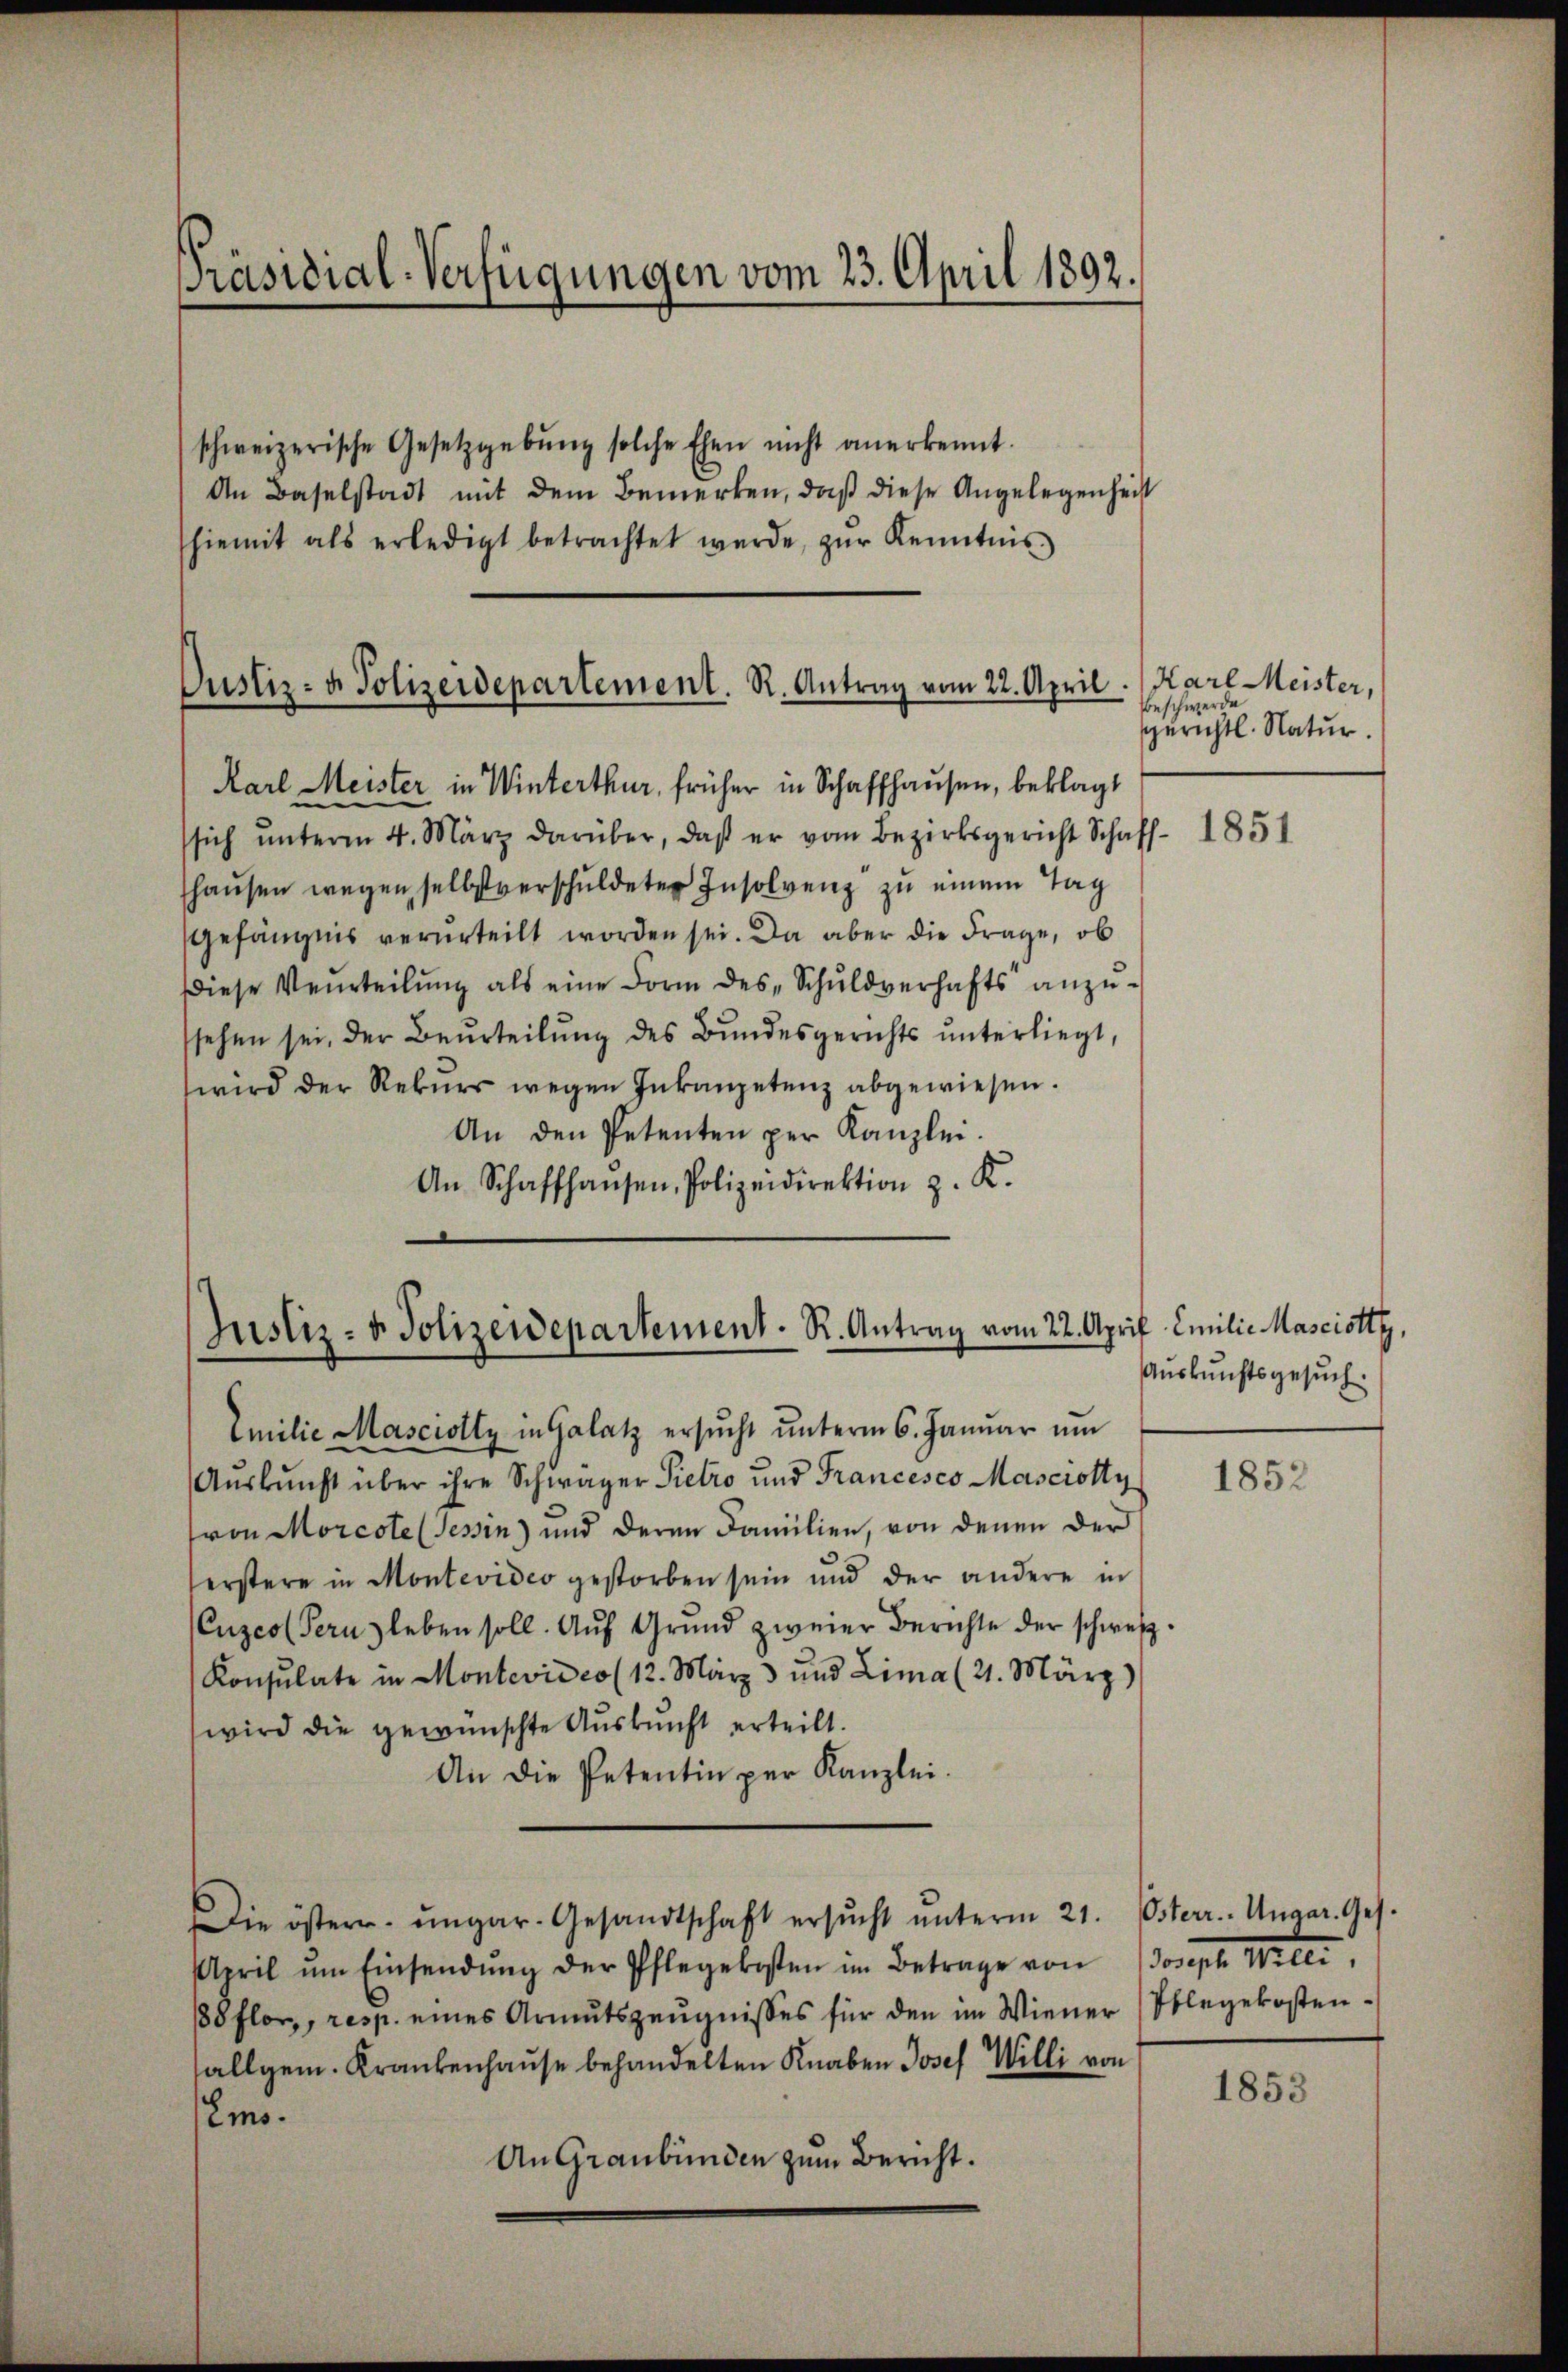
Präsidial-Verfügungen vom 23. April 1892.

schweizerische Gesetzgebŭng solche Ehen nicht anerkennt.
An Baselstadt mit dem Bemerken, daß diese Angelegenheit
hiemit als erledigt betrachtet werde, zŭr Kenntnis

Justiz- & Polizeidepartement. R. Antrag vom 22. April.

Karl Meister in Winterthur, früher in Schaffhausen, beklagt
sich ŭnterm 4. März darüber, daß er vom Bezirksgericht Schaff-
haŭsen wegen selbstverschuldeten Insolvenz zu einem Tag
Gefängnis verurteilt worden sei. Da aber die Frage, ob
Diese Verteilŭng als eine Form des „Schŭldverhafts anzŭ-
ssehen sei, der Beurteilŭng des Bundesgerichts ŭnterliegt,
wird der Rekurs wegen Inkanpetenz abgewiesen.
An den Petenten per Kanzlei.
An Schaffhausen, Polizeidirektion z. K.

Justiz- & Polizeidepartement. R. Antrag vom 22. Apr

Emilie Masciolty in Galatz ersŭcht ŭnterm 6. Janŭar ŭm
Auskunft über ihre Schwager Pietro und Francesco Masciotty
von Morcote (Tessin) und deren Familien, von denen der
erstere in Montevideo gestorben sein und der andere in
Cuzeo (Pernz leben soll. Aŭf Grŭnd zweier Berichte der schweiz.
Konsulate in Montevideo (12. März 3 und Lima (21. März)
wird die gewünschte Auskunft erteilt.
An die Petentin per Kanzlei.
Die östern ungar-Gesandtschaft ersŭcht ŭnterm 21. Osterr. Ungar. Ges.
April ŭm Einsendŭng der Pflegekosten im Betrage von Joseph Weiter
188 flor,, resp. eines Armutszeugnisses für den im Wiener Ablegekostenallgem. Krankenhause behandelten Knaben Josef Willi von
Emo.
An Graubünden zum Bericht.

Karl Meister,
Beschwerde
sgerichtl. Natur.

1851

if. Emilie Masciotty,
Auskunftsgesuch.

1852

1853